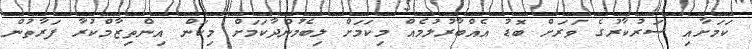
ކަމަށާއި ސަރުކާރުގެ ވަރަށް ބޮޑު އެއްބާރުލުމެއް މިކަމަށް ލިބެމުންދާކަމަށް މިކަން އިންތިޒާމްކުރާ ފަރާތުން